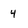
Character: 4